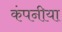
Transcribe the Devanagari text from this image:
कंपनीया